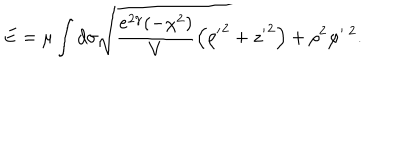
LaTeX: E = \mu \int d \sigma \sqrt { \frac { e ^ { 2 \gamma } ( - \chi ^ { 2 } ) } { V } \left( { \rho ^ { \prime } } ^ { 2 } + { z ^ { \prime } } ^ { 2 } \right) + \rho ^ { 2 } \varphi ^ { \prime \; 2 } } .